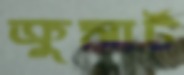
ক্রুসার্ট